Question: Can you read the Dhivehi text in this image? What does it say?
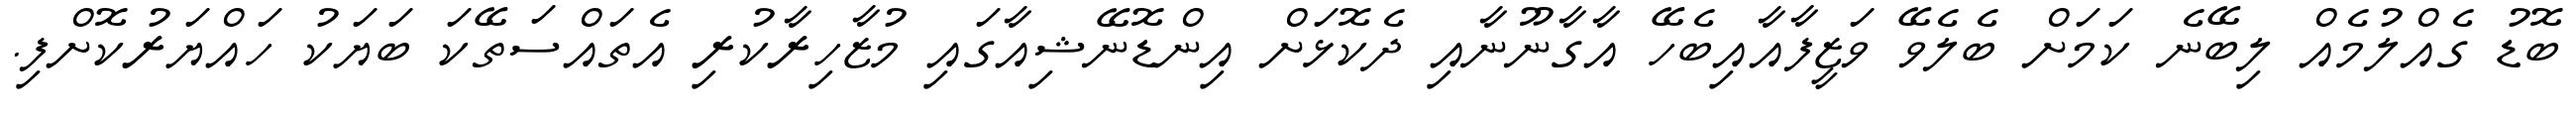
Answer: ބޮޑު ގެއްލުމެއް ލިބޭނެ ކަމަށް ބެލެވޭ ވަޒީފާއާއިބެހޭ އާގާނޫނާއި ދެކޮޅަށް އިންޑޮނޭޝިއާގައި މުޒާހިރާކުރި އެތައްސަތޭކަ ބަޔަކު ހައްޔަރުކޮށްފި.